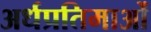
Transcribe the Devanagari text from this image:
अर्धप्रतिमाओं